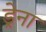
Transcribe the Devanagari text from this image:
ड्रेना